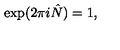
\exp ( 2 \pi i \hat { N } ) = 1 ,